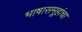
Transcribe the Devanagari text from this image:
भाषासमूहांचा